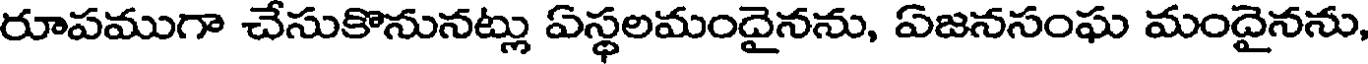
రూపముగా చేసుకొనునట్లు ఏస్థలమందైనను, ఏజనసంఘ మందైనను,